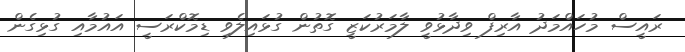
ރައީސް މުހައްމަދު އާރިފް ވިދާޅުވީ ލާމަރުކަޒީ ގޮތުން ގުޅައިލެވި ޑިމޮކްރަސީ އައުމާއި ގުޅިގެން